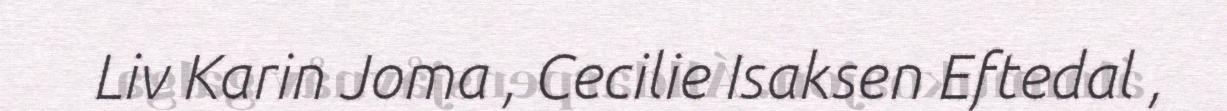
Liv Karin Joma , Cecilie Isaksen Eftedal ,